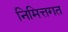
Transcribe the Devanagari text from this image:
निमित्तगत